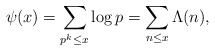
\begin{align*} \psi(x)=\sum_{p^k\le x}\log p=\sum_{n\le x}\Lambda(n),\end{align*}